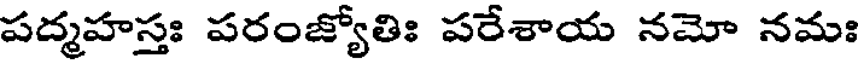
పద్మహస్తః పరంజ్యోతిః పరేశాయ నమో నమః